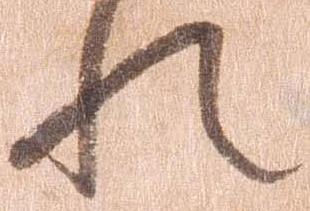
れ